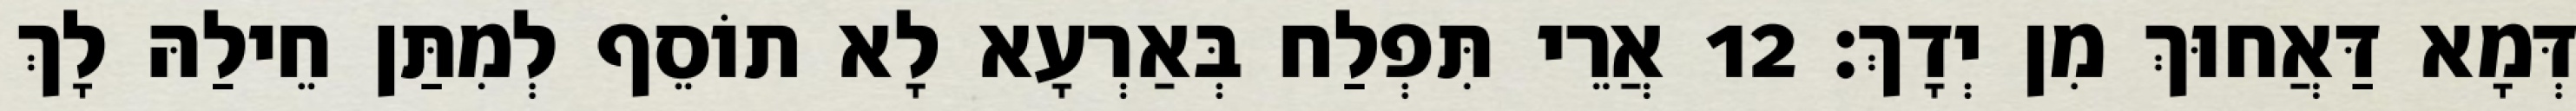
דְּמָא דַּאֲחוּךְ מִן יְדָךְ׃ 12 אֲרֵי תִּפְלַח בְּאַרְעָא לָא תוֹסֵף לְמִתַּן חֵילַהּ לָךְ